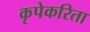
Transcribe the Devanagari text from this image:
कृपेकरिता